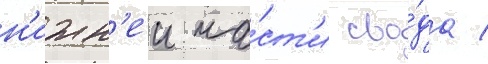
н'ижн'еи ча́ст'и сво́да /